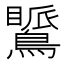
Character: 𪅚